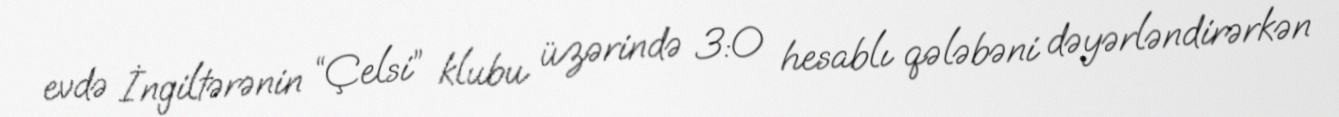
evdə İngiltərənin “Çelsi” klubu üzərində 3:0 hesablı qələbəni dəyərləndirərkən